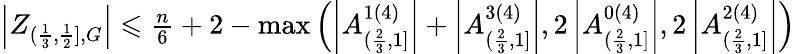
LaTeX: \begin{array}{r}{\left|Z_{(\frac{1}{3},\frac{1}{2}],G}\right|\leqslant\frac{n}{6}+2-\operatorname*{max}\left(\left|A_{(\frac{2}{3},1]}^{1(4)}\right|+\left|A_{(\frac{2}{3},1]}^{3(4)}\right|,2\left|A_{(\frac{2}{3},1]}^{0(4)}\right|,2\left|A_{(\frac{2}{3},1]}^{2(4)}\right|\right)}\end{array}